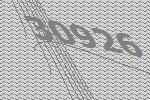
30926